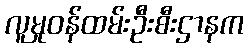
လူမှုဝန်ထမ်းဦးစီးဌာနက